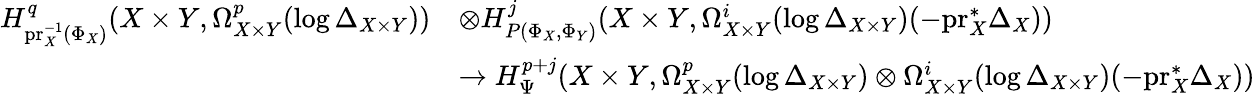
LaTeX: \begin{array}{rl}{H_{\mathrm{pr}_{X}^{-1}(\Phi_{X})}^{q}(X\times Y,\Omega_{X\times Y}^{p}(\log\Delta_{X\times Y}))}&{\otimes H_{P(\Phi_{X},\Phi_{Y})}^{j}(X\times Y,\Omega_{X\times Y}^{i}(\log\Delta_{X\times Y})(-\mathrm{pr}_{X}^{*}\Delta_{X}))}\\ &{\to H_{\Psi}^{p+j}(X\times Y,\Omega_{X\times Y}^{p}(\log\Delta_{X\times Y})\otimes\Omega_{X\times Y}^{i}(\log\Delta_{X\times Y})(-\mathrm{pr}_{X}^{*}\Delta_{X}))}\end{array}